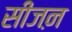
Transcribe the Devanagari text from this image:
सीजऩ